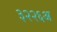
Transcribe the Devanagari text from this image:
३२२६अ